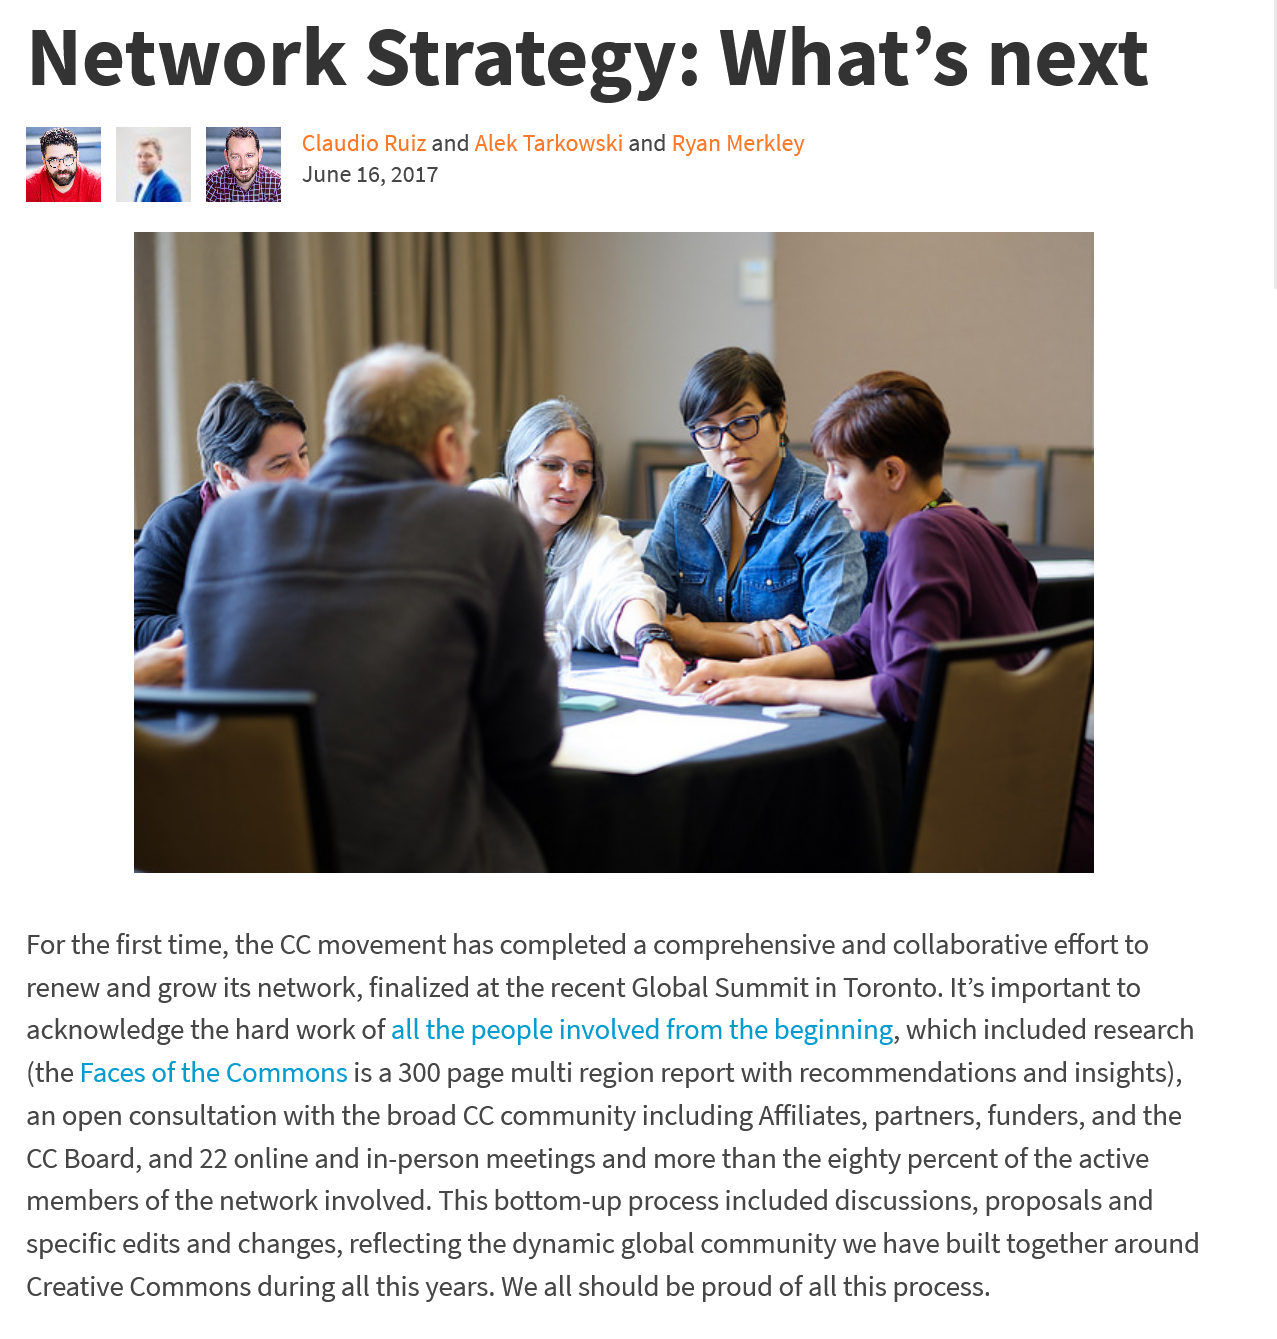
Network    Strategy:    What’s    next
     Claudio Ruiz and Alek Tarkowski and Ryan Merkley
     June 16, 2017
   For the first time, the CC movement has completed a comprehensive and collaborative effort to
   renew and grow its network, finalized at the recent Global Summit in Toronto. It’s important to
  acknowledge the hard work of all the people involved from the beginning, which included research
   (the Faces of the Commons is a 300 page multi region report with recommendations and insights),
  an open consultation with the broad CC community including Affiliates, partners, funders, and the
  CC Board, and 22 online and in-person meetings and more than the eighty percent of the active
   members of the network involved. This bottom-up process included discussions, proposals and
  specific edits and changes, reflecting the dynamic global community we have built together around
  Creative Commons during all this years. We all should be proud of all this process.